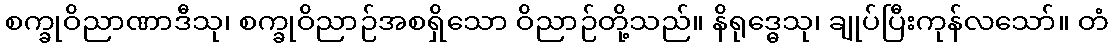
စက္ခုဝိညာဏာဒီသု၊ စက္ခုဝိညာဉ်အစရှိသော ဝိညာဉ်တို့သည်။ နိရုဒ္ဓေသု၊ ချုပ်ပြီးကုန်လသော်။ တံ